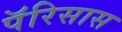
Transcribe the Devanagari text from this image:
पॅरिसास